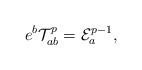
LaTeX: \begin{align*}e^{b}{\cal T}_{ab}^{p}={\cal E}_{a}^{p-1}, \end{align*}